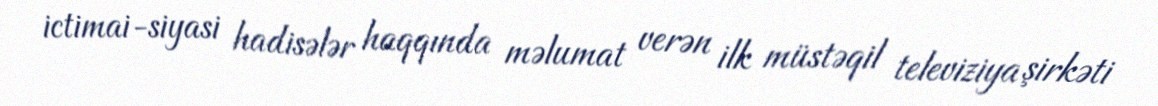
ictimai-siyasi hadisələr haqqında məlumat verən ilk müstəqil televiziya şirkəti